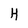
Character: H